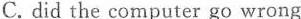
C. did the computer go wrong